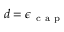
d = \epsilon _ { \mathrm { ~ c ~ a ~ p ~ } }